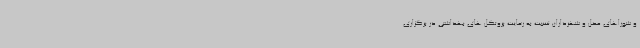
و شوراهای محل و شهرداران نسبت به رعایت پروتکل های بهداشتی در برگزاری